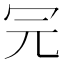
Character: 𠕻